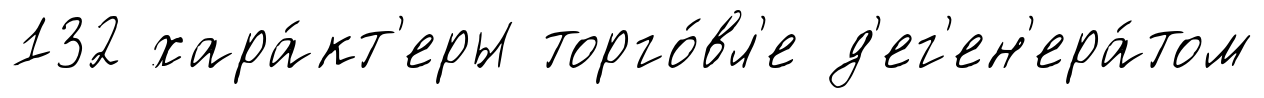
132 хара́кт'еры торго́вл'е д'ег'ен'ера́том